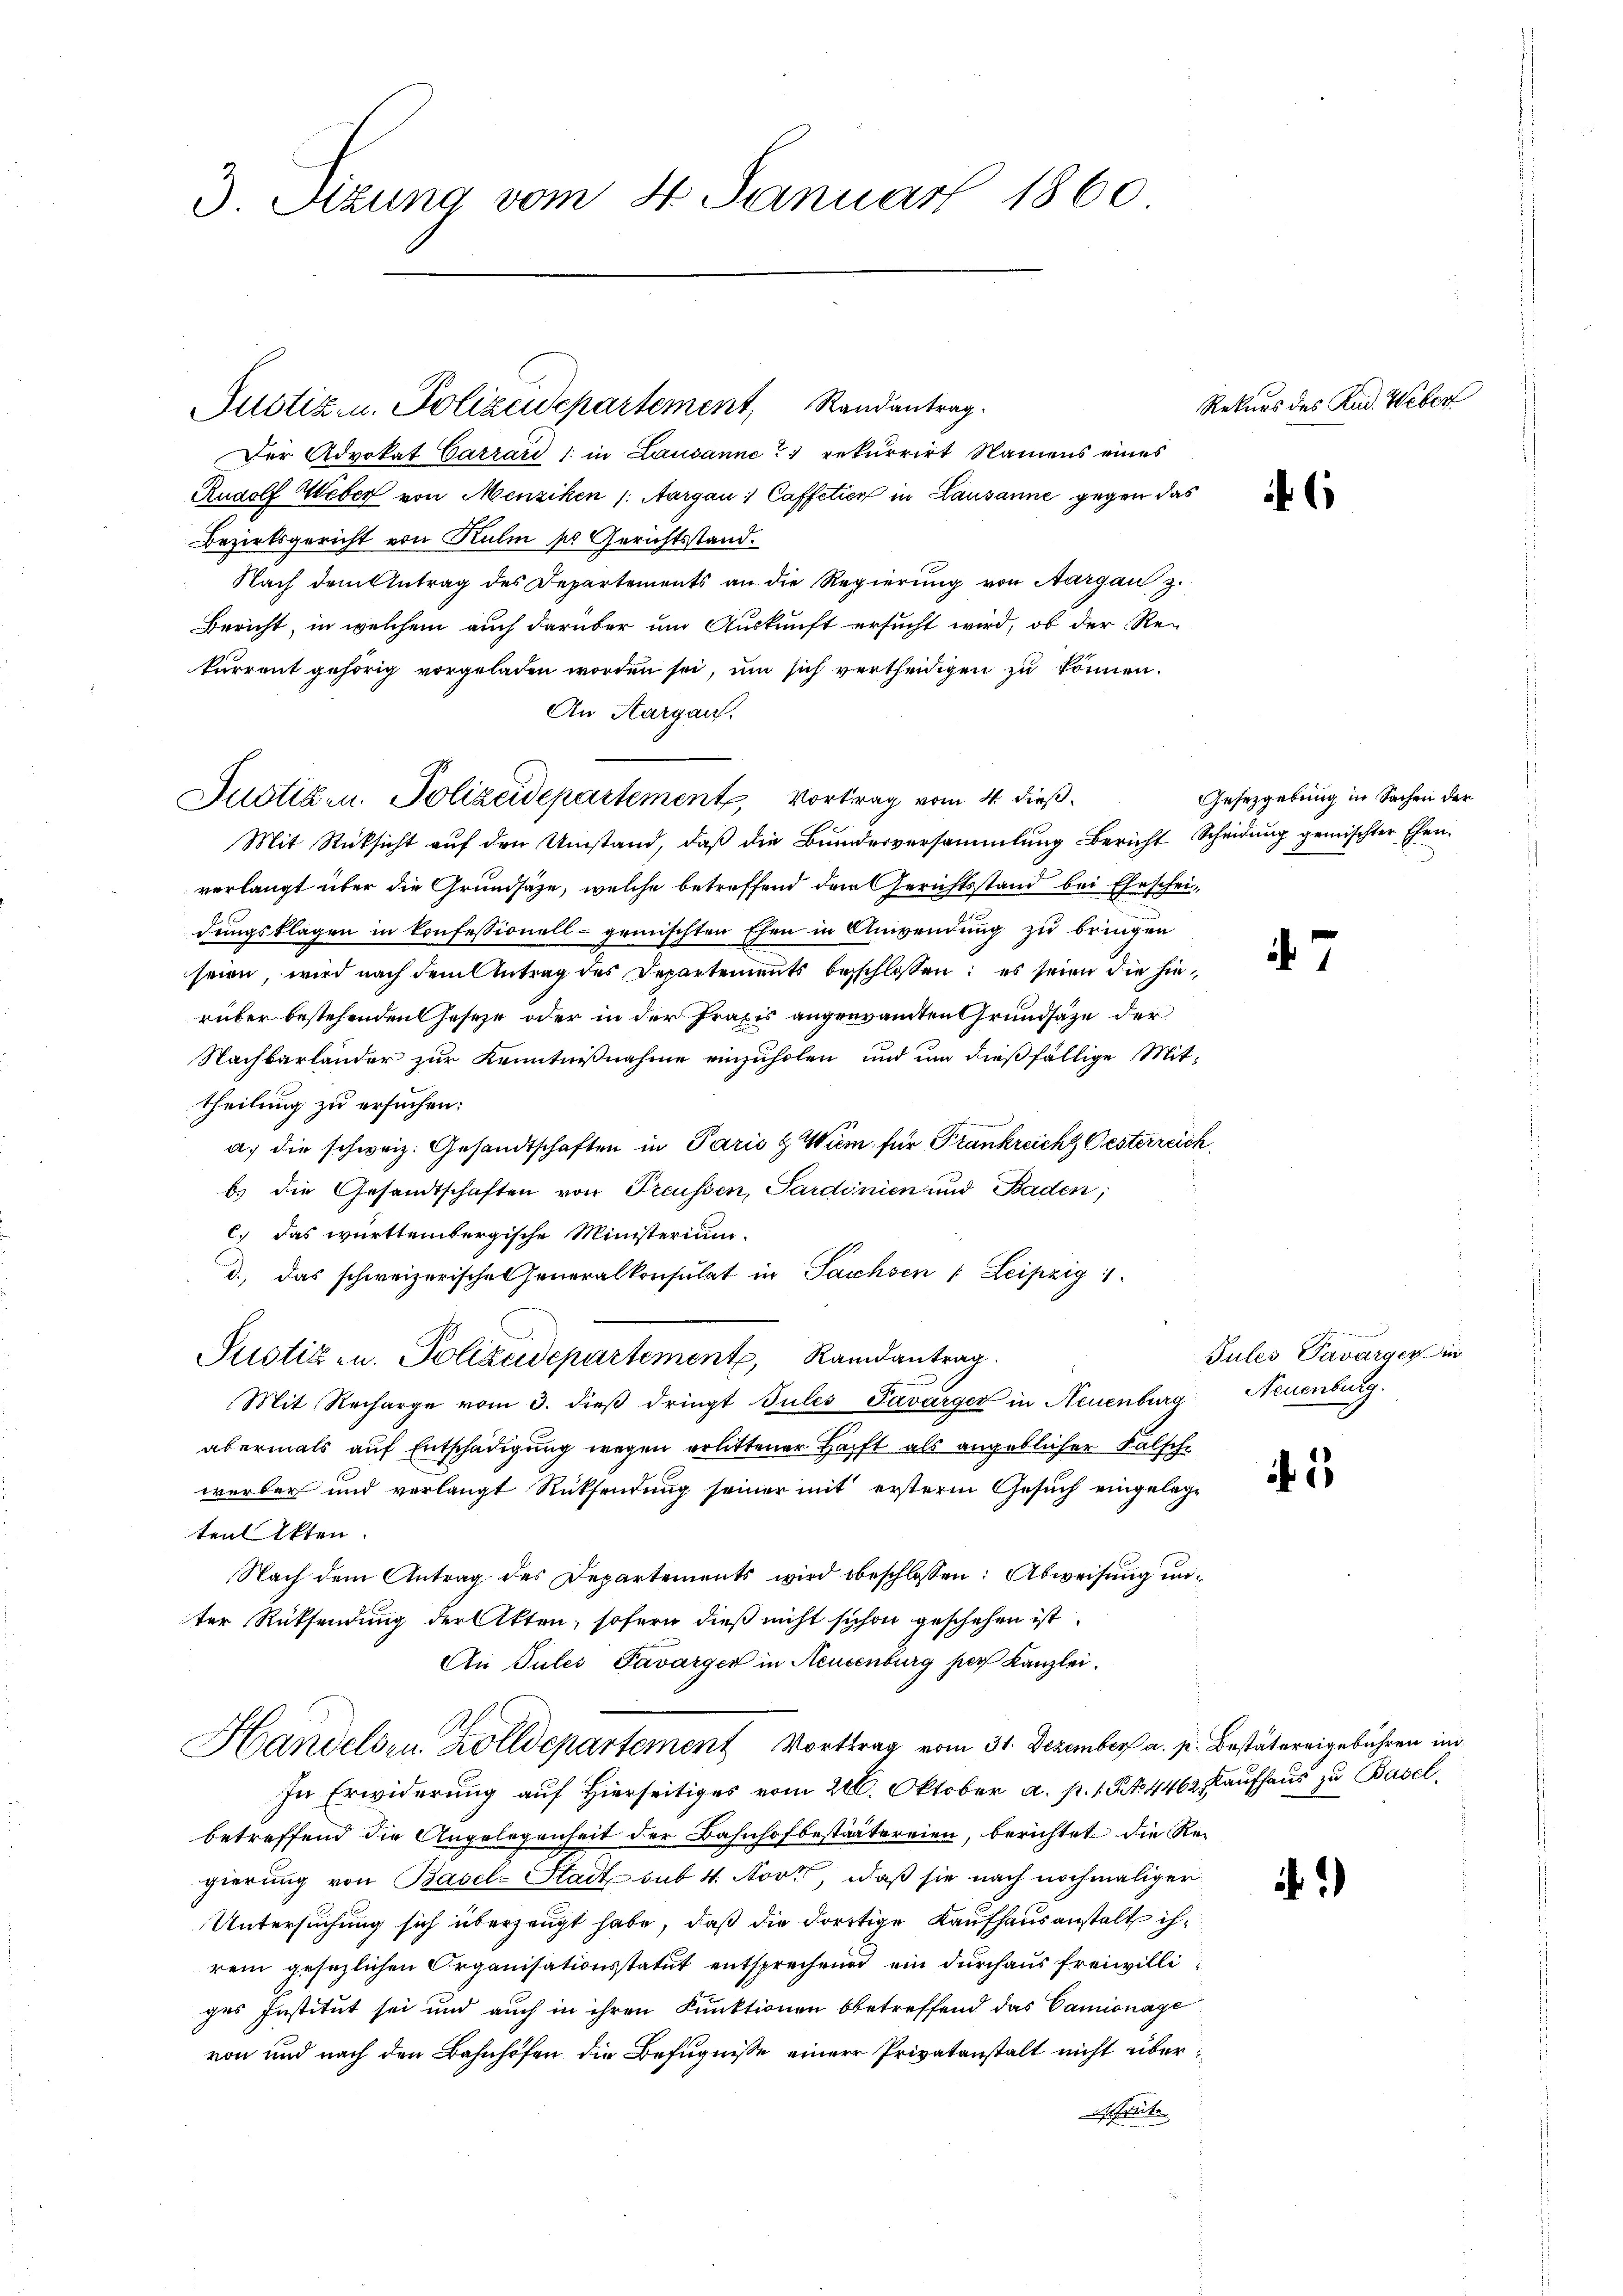
3. Sizung vom 4. Januar 1860

Der Advokat Carrard (: in Lausanne rekurrirt Namens eines
Rudolf Weber von Menziken /: Aargau, Caffetien in Lausanne gegen das
Bezirksgericht von Kulm so Gerichtsstand.
Nach dem Antrag des Departements an die Regierung von Aargau z.
Bericht, in welchem auch darüber um Auskunft ersucht wird, ob der Rekurrent gehörig vorgeladen worden sei, um sich vertheidigen zu können.
An Aargau.
Justizen. Polizeidepartement, Vortrag vom 4. dieß.
Mit Rücksicht auf den Umstand, daß die Bundesversammlung Bericht Scheidung gemischter Ehen-
verlangt über die Grundsätze, welche betreffend dem Gerichtsstand bei Ehescheidungsklagen in Konfessionell gemischten Ehen in Anwendung zu bringen
seien, wird nach dem Antrag des Departements besschlossen: es seien die hinrüber bestehenden Gesetze oder in der Praxis angenamten Grundsätze der
Nachbarländer zur Kenntnißnahme einzuholen und um dießfällige Mittheilung zu ersuchen:
a.) die schweiz. Gesandtschaften in Paris & Wum für Frankreicht Oesterreich
b) die Gesandtschaften von Treussen, Sardinien und Baden,
c.) Das württembergische Ministerium.
d.) das schweizerische Generalkonsulat in Sacchsen : Leipzig 1
Pustiz u. Polizeidepartement, Randantrag
Mit Recharge vom 3. dieβ dringt Jules Pavarger in Neuenburg, Neuenburg.
abermals auf Entschädigung wegen erlittener Haft als angeblicher Falsche
werber und verlangt Rücksendung seiner mit ersterm Gesuch eingelege
ten Akten.
Nach dem Antrag des Departements wird beschlossen: Abweisung in
ter Rücksendung der Akten, sofern dieß nicht schon geschehen ist.
An Tules Favarger in Neuenburg par Kanzlei.
Handels- u. Zolldepartement Morttrag vom 31. Dezember a. p. Bestätereigebühren in
In Erwiderung auf Hierseitiges vom 20. Oktober a. p. 1. No. 4462 Kaufhaus zu Basel,
betreffend die Angelegenheit der Bahnhofbestäätereien, berichtet die Regierung von Basel-Stadt auf 4. Nort, daß sie nach nochmaliger
Untersuchung sich überzeugt habe, daß die dortige Kaufhausanstalt ihrem gesezlichen Organisationsstatut entsprechend ein durchaus freiwilliges Institut sei und auch in ihren Kunktionen betreffend das Camionage
von und nach den Bahnhöfen die Befugnisse einer Privatanstalt nicht über
schreibe

Justiz- u. Polizeidepartement, Randantrag.

Rekurs des Rud. Weber

7

5

)

Gesetzgebung in Sachen der

enen
Jules Pavarger di